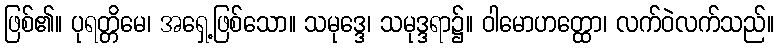
ဖြစ်၏။ ပုရတ္တိမေ၊ အရှေ့ဖြစ်သော။ သမုဒ္ဒေ၊ သမုဒ္ဒရာ၌။ ဝါမောဟတ္ထော၊ လက်ဝဲလက်သည်။